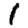
Digit: 1